Lunatic asylums United Prov. 1922-30 - 1922-1930
Year: 1922
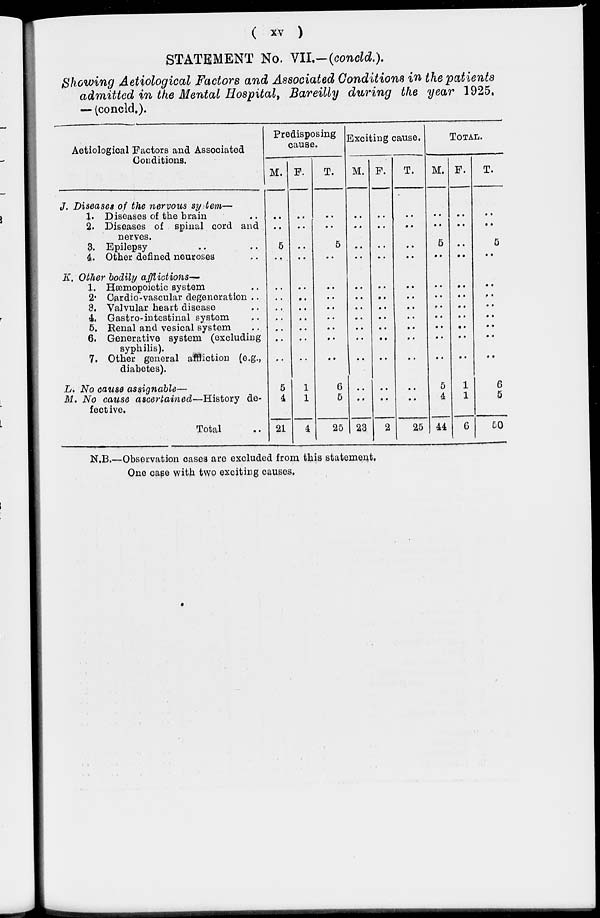
( xv )
STATEMENT No. VII.—(concld.).
Showing Aetiological Factors and Associated Conditions in the patients
admitted in the Mental Hospital, Bareilly during the year 1925.
— (concld.).
Aetiological Factors and Associated
Conditions.
J. Diseases of the nervous system—
1. Diseases of the brain ..
2. Diseases of spinal cord and
nerves.
3. Epilepsy .. ..
4. Other defined neuroses ..
K. Other bodily afflictions—
1. Hæmopoietic system ..
2. Cardio-vascular degeneration ..
3. Valvular heart disease ..
4. Gastro-intestinal system ..
5. Renal and vesical system ..
6. Generative system (excluding
syphilis).
7. Other general affliction (e.g.,
diabetes).
L. No cause assignable—
M. No cause ascertained—History de-
fective.
Total
Predisposing
cause.
M.
..
..
5
..
..
..
..
..
..
..
..
5
4
21
F.
..
..
..
..
..
..
..
..
..
..
..
1
1
4
T.
..
..
5
..
..
..
..
..
..
..
..
6
5
25
Exciting cause.
M.
..
..
..
..
..
..
..
..
..
..
..
..
..
23
F.
..
..
..
..
..
..
..
..
..
..
..
..
..
2
T.
..
..
..
..
..
..
..
..
..
..
..
..
..
25
TOTAL.
M.
..
..
5
..
..
..
..
..
..
..
..
5
4
44
F.
..
..
..
..
..
..
..
..
..
..
..
1
1
6
T.
..
..
5
..
..
..
..
..
..
..
..
6
5
50
N.B.—Observation cases are excluded from this statement.
One case with two exciting causes.